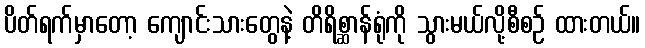
ပိတ်ရက်မှာတော့ ကျောင်းသားတွေနဲ့ တိရိစ္ဆာန်ရုံကို သွားမယ်လို့စီစဉ် ထားတယ်။